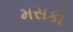
મસકો